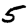
Digit: 5